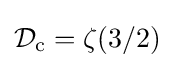
{\mathcal {D}}_{\text{c}}=\zeta (3/2)